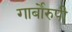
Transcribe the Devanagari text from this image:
गार्बोरुपी